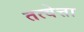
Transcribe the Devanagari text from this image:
तत्वेत्ता